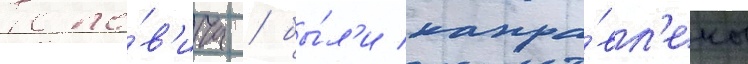
Попо́в'ича / бы́л'и напра́вл'ены